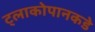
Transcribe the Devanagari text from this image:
ट्लाकोपानकडे